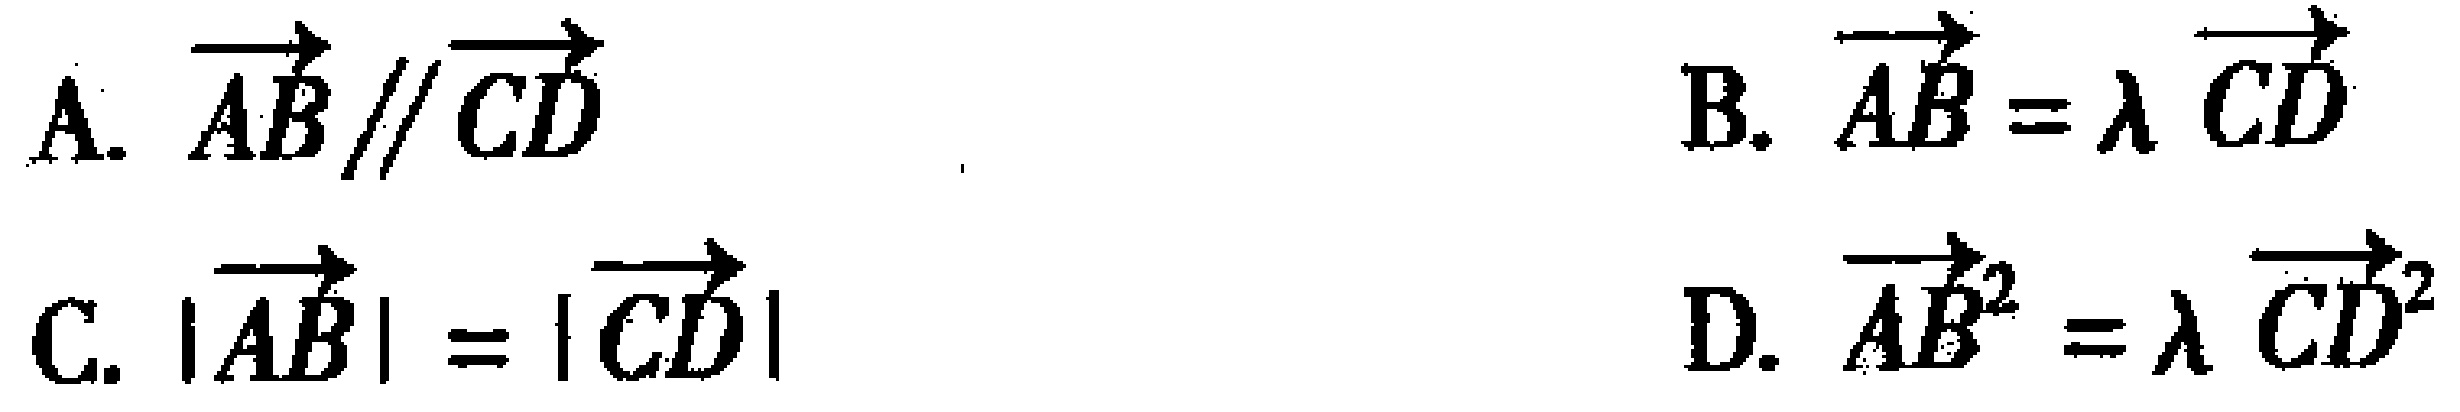
A. $\overrightarrow{AB} \parallel \overrightarrow{CD}$
B. $\overrightarrow{AB} = \lambda\overrightarrow{CD}$
C. $|\overrightarrow{AB}| = |\overrightarrow{CD}|$
D. $\overrightarrow{AB}^{2} = \lambda\overrightarrow{CD}^{2}$